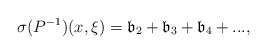
\begin{align*}\sigma (P^{-1})(x,\xi )=\mathfrak b_{2}+\mathfrak b_{3}+\mathfrak b_{4}+...,\end{align*}